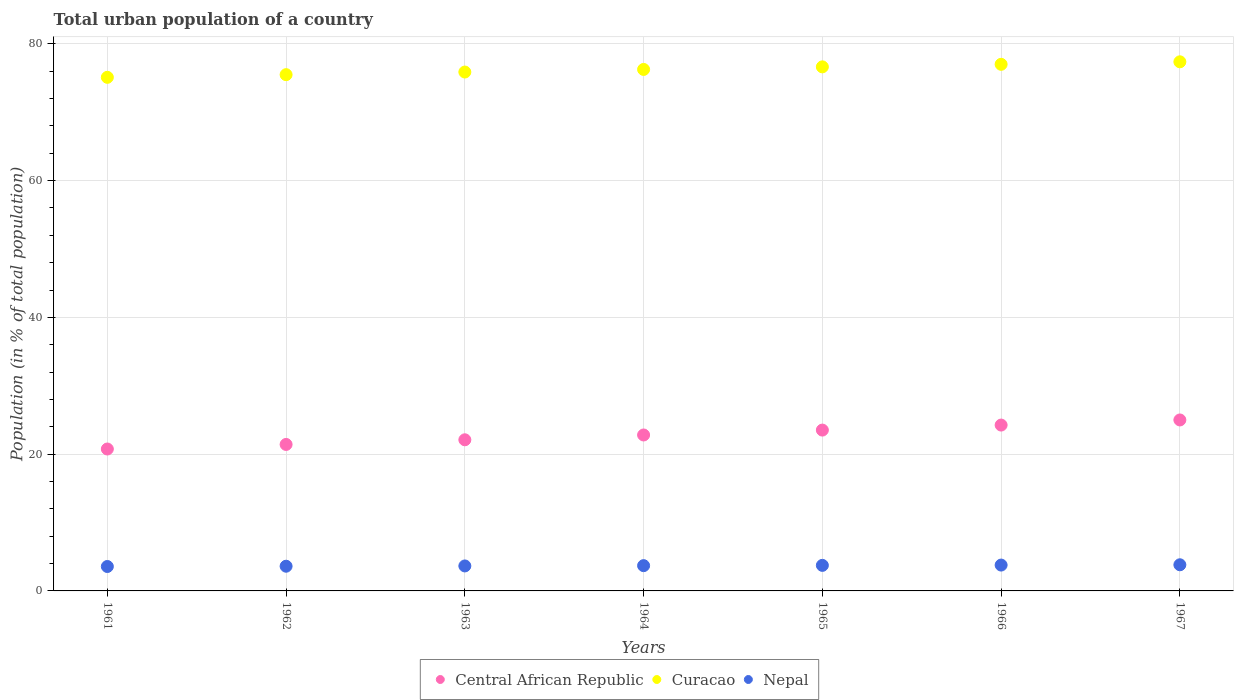
| Years | Central African Republic | Curacao | Nepal |
 | --- | --- | --- | --- |
 | 1961 | 20.8 | 75.1 | 3.57 |
 | 1962 | 21.4 | 75.5 | 3.61 |
 | 1963 | 22.1 | 75.9 | 3.65 |
 | 1964 | 22.8 | 76.3 | 3.69 |
 | 1965 | 23.5 | 76.6 | 3.74 |
 | 1966 | 24.3 | 77 | 3.78 |
 | 1967 | 25 | 77.4 | 3.82 |